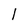
Character: l